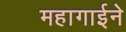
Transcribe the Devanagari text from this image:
महागाईने